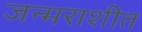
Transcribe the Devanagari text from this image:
जन्मराशीत